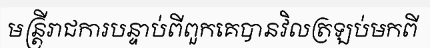
មន្ត្រីរាជការបន្ទាប់ពីពួកគេបានវិលត្រឡប់មកពី